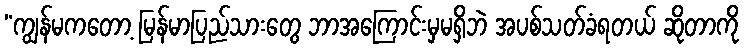
“ကျွန်မကတော့ မြန်မာပြည်သားတွေ ဘာအကြောင်းမှမရှိဘဲ အပစ်သတ်ခံရတယ် ဆိုတာကို